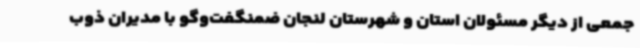
جمعی از دیگر مسئولان استان و شهرستان لنجان ضمنگفت‌وگو با مدیران ذوب